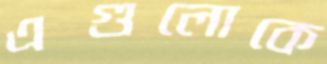
এগুলোকে